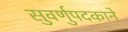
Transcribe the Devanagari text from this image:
सुवर्णुपदकाने